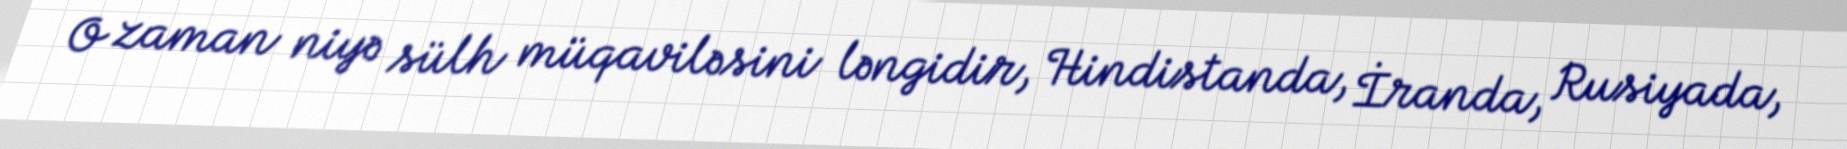
O zaman niyə sülh müqaviləsini ləngidir, Hindistanda, İranda, Rusiyada,